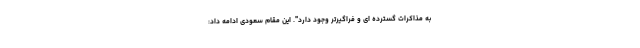
به مذاکرات گسترده ای و فراگیرتر وجود دارد". این مقام سعودی ادامه داد: